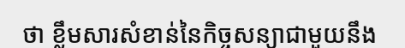
ថា ខ្លឹមសារសំខាន់នៃកិច្ចសន្យាជាមួយនឹង